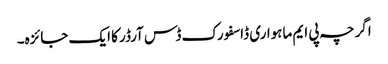
اگرچہ پی ایم ماہواری ڈاسفورک ڈس آرڈر کا ایک جائزہ۔